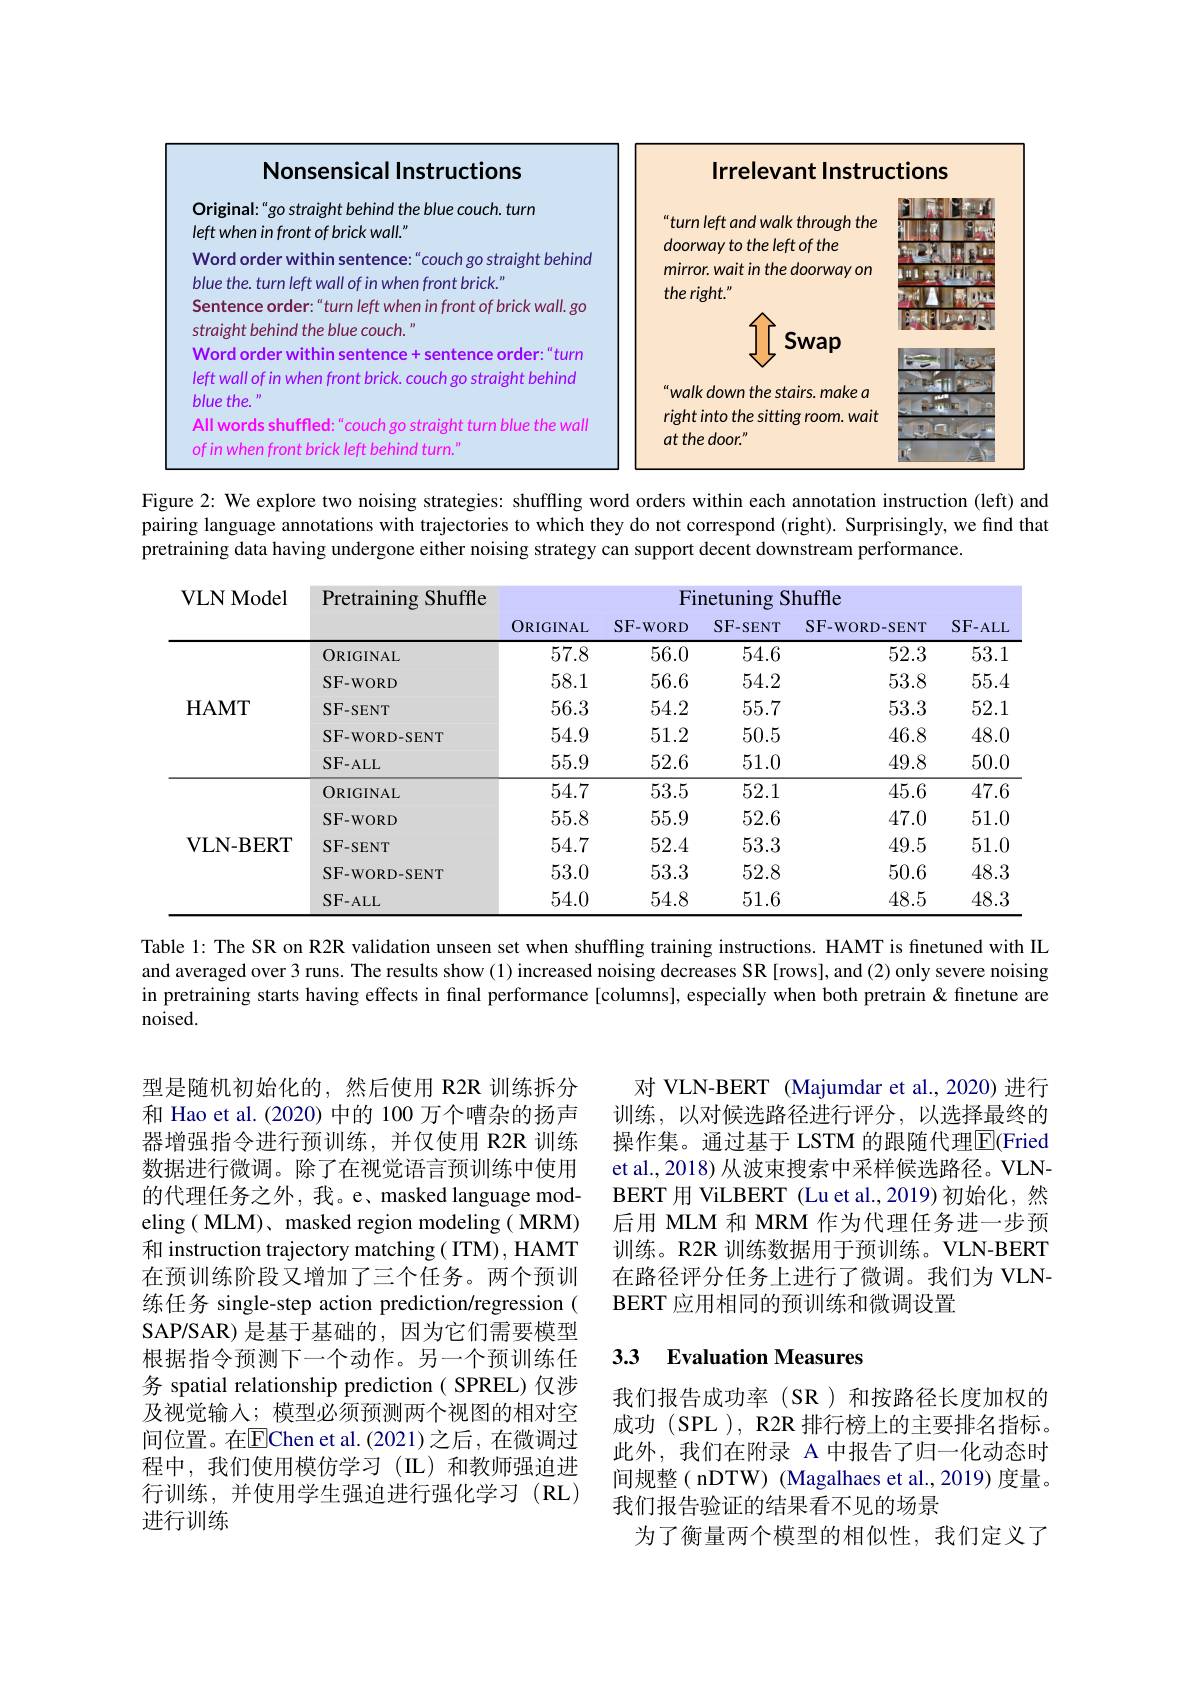
<table>
	<tbody>
		<tr>
			<th>Nonsensical Instructions</th>
			<th>Irrelevant Instrud</th>
			<th>tions</th>
		</tr>
	</tbody>
</table>

Figure 2: We explore two noising strategies: shuffling word orders within each annotation instruction (left) and pairing language annotations with trajectories to which they do not correspond (right). Surprisingly, we find that pretraining data having undergone either noising strategy can support decent downstream performance.

<table>
	<tbody>
		<tr>
			<th rowspan="2">VLNModel</th>
			<th rowspan="2">Pretraining Shuffle</th>
			<th colspan="5">Finetuning Shuffle</th>
		</tr>
		<tr>
			<th>ORIGINAL</th>
			<th>SF-WORD</th>
			<th>SF-SENT</th>
			<th>SF-WORD-SENT</th>
			<th>SF-ALL</th>
		</tr>
		<tr>
			<td rowspan="5">HAMT</td>
			<td>ORIGINAL</td>
			<td>57.8</td>
			<td>56.0</td>
			<td>54.6</td>
			<td>52.3</td>
			<td>53.1</td>
		</tr>
		<tr>
			<td>SF-WORD</td>
			<td>58.1</td>
			<td>56.6</td>
			<td>54.2</td>
			<td>53.8</td>
			<td>55.4</td>
		</tr>
		<tr>
			<td>SF-SENT</td>
			<td>56.3</td>
			<td>54.2</td>
			<td>55.7</td>
			<td>53.3</td>
			<td>52.1</td>
		</tr>
		<tr>
			<td>SF-WORD-SENT</td>
			<td>54.9</td>
			<td>51.2</td>
			<td>50.5</td>
			<td>46.8</td>
			<td>48.0</td>
		</tr>
		<tr>
			<td>SF-ALL</td>
			<td>55.9</td>
			<td>52.6</td>
			<td>51.0</td>
			<td>49.8</td>
			<td>50.0</td>
		</tr>
		<tr>
			<td rowspan="5">VLN- BERT</td>
			<td>ORIGINAL</td>
			<td>54.7</td>
			<td>53.5</td>
			<td>52.1</td>
			<td>45.6</td>
			<td>47.6</td>
		</tr>
		<tr>
			<td>SF-WORD</td>
			<td>55.8</td>
			<td>55.9</td>
			<td>52.6</td>
			<td>47.0</td>
			<td>51.0</td>
		</tr>
		<tr>
			<td>SF-SENT</td>
			<td>54.7</td>
			<td>52.4</td>
			<td>53.3</td>
			<td>49.5</td>
			<td>51.0</td>
		</tr>
		<tr>
			<td>SF-WORD-SENT</td>
			<td>53.0</td>
			<td>53.3</td>
			<td>52.8</td>
			<td>50.6</td>
			<td>48.3</td>
		</tr>
		<tr>
			<td>SF-ALL</td>
			<td>54.0</td>
			<td>54.8</td>
			<td>51.6</td>
			<td>48.5</td>
			<td>48.3</td>
		</tr>
	</tbody>
</table>

Table 1: The SR on R2R validation unseen set when shuffling training instructions. HAMT is finetuned with IL and averaged over 3 runs. The results show (1) increased noising decreases SR [rows], and (2) only severe noising in pretraining starts having effects in final performance [columns], especially when both pretrain &finetune are noised.

型是随机初始化的，然后使用 R2R 训练拆分和 Hao et al.(2020) 中的 100 万个嘈杂的扬声器增强指令进行预训练，并仅使用 R2R 训练数据进行微调。除了在视觉语言预训练中使用的代理任务之外，我。e、masked language modeling ( MLM)、 masked region modeling ( MRM) 和 instruction trajectory matching ( ITM), HAMT 在预训练阶段又增加了三个任务。两个预训练任务 single-step action prediction/regression ( SAP/SAR) 是基于基础的，因为它们需要模型根据指令预测下一个动作。另一个预训练任务 spatial relationship prediction( SPREL)仅涉及视觉输入；模型必须预测两个视图的相对空间位置。在$\overline{\mathrm{E}}$Chen et al.(2021)之后，在微调过程中，我们使用模仿学习(IL)和教师强迫进行训练，并使用学生强迫进行强化学习(RL) 进行训练

对 VLN-BERT (Majumdar et al.,2020)进行训练，以对候选路径进行评分，以选择最终的操作集。通过基于 LSTM 的跟随代理$\overline{\mathrm{E}}($Fried et al., 2018) 从波束搜索中采样候选路径。VLNBERT 用 ViLBERT (Lu et al.,2019)初始化，然后用 MLM 和 MRM 作为代理任务进一步预训练。R2R 训练数据用于预训练。VLN-BERT 在路径评分任务上进行了微调。我们为 VLNBERT 应用相同的预训练和微调设置

# 3.3 Evaluation Measures

我们报告成功率(SR)和按路径长度加权的成功 (SPL ), R2R 排行榜上的主要排名指标。此外，我们在附录 A 中报告了归一化动态时间规整( nDTW) (Magalhaes et al., 2019) 度量。我们报告验证的结果看不见的场景
为了衡量两个模型的相似性，我们定义了